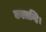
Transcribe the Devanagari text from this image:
कएलन्हि।